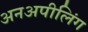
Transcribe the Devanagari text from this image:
अनअपीलिंग